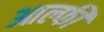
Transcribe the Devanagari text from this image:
आल्फी